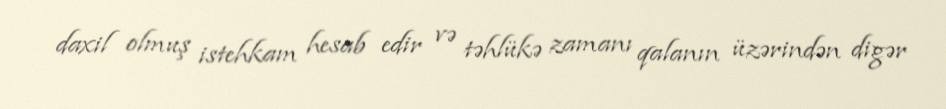
daxil olmuş istehkam hesab edir və təhlükə zamanı qalanın üzərindən digər